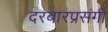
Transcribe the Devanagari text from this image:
दरबारप्रसंगी